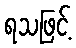
ရသဖြင့်